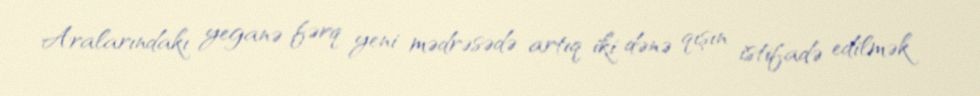
Aralarındakı yeganə fərq yeni mədrəsədə artıq iki dənə qışın istifadə edilmək